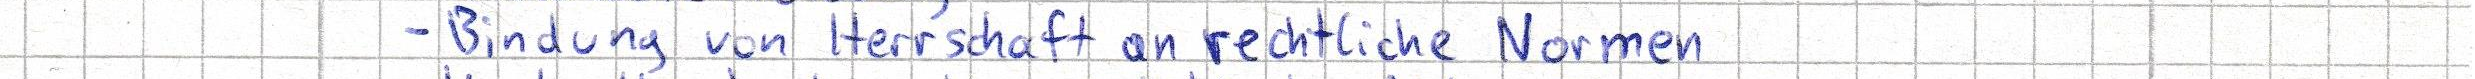
- Bindung von Herrschaft an rechtlichen Normen